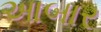
આબાર